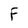
Character: F